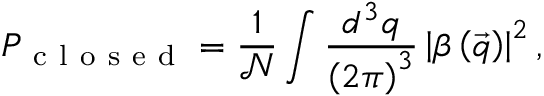
P _ { \mathrm { ~ c ~ l ~ o ~ s ~ e ~ d ~ } } = \frac { 1 } { \mathcal { N } } \int \frac { d ^ { 3 } q } { \left( 2 \pi \right) ^ { 3 } } \left| \beta \left( \vec { q } \right) \right| ^ { 2 } ,